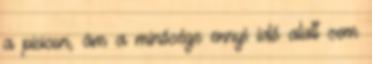
a piacon, ám a minősége ennyi idő alatt sem